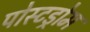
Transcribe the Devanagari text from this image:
पोस्टड्रोम